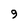
Character: 9